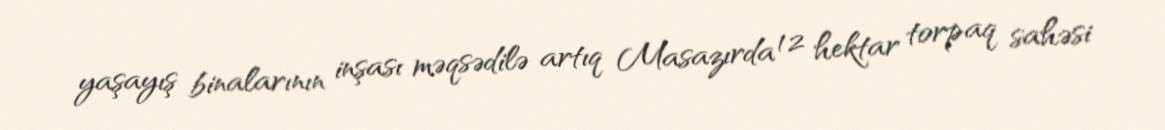
yaşayış binalarının inşası məqsədilə artıq Masazırda 12 hektar torpaq sahəsi